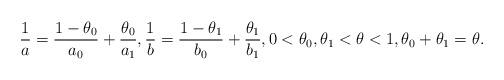
LaTeX: \begin{align*}\frac{1}{a} = \frac{1-\theta_0}{a_0} + \frac{\theta_0}{a_1}, \frac{1}{b} = \frac{1-\theta_1}{b_0} + \frac{\theta_1}{b_1}, 0<\theta_0,\theta_1<\theta<1, \theta_0 + \theta_1 = \theta.\end{align*}